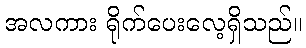
အလကား ရိုက်ပေးလေ့ရှိသည်။